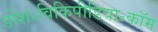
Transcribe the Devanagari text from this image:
डोश॰विकिपीडिया॰कॉम